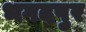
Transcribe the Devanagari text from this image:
भगदपुर